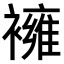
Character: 𧝸